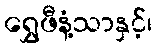
ရွှေဖီနံ့သာနှင့်၊